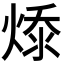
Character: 𭵔